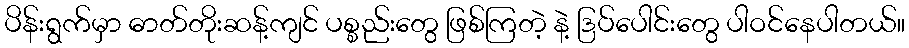
ပိန်းရွက်မှာ ဓာတ်တိုးဆန့်ကျင် ပစ္စည်းတွေ ဖြစ်ကြတဲ့ နဲ့ ဒြပ်ပေါင်းတွေ ပါဝင်နေပါတယ်။